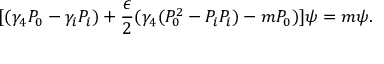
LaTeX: [ ( \gamma _ { 4 } P _ { 0 } - \gamma _ { i } P _ { i } ) + \frac { \epsilon } { 2 } ( \gamma _ { 4 } ( P _ { 0 } ^ { 2 } - P _ { i } P _ { i } ) - m P _ { 0 } ) ] \psi = m \psi .